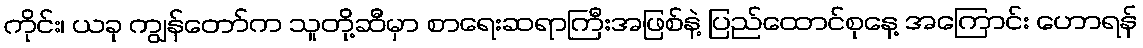
ကိုင်း၊ ယခု ကျွန်တော်က သူတို့ဆီမှာ စာရေးဆရာကြီးအဖြစ်နဲ့ ပြည်ထောင်စုနေ့ အကြောင်း ဟောရန်